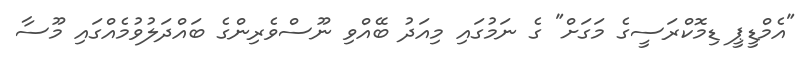
"އެމްޑީޕީ ޑިމޮކްރަސީގެ މަގަށް" ގެ ނަމުގައި މިއަދު ބޭއްވި ނޫސްވެރިންގެ ބައްދަލުވުމެއްގައި މޫސާ